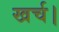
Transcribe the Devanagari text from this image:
खर्च।